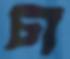
চা